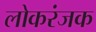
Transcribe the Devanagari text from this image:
लोकरंजक